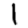
Digit: 1